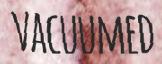
VACUUMED